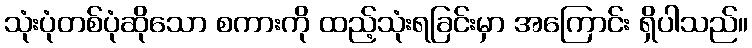
သုံးပုံတစ်ပုံဆိုသော စကားကို ထည့်သုံးရခြင်းမှာ အကြောင်း ရှိပါသည်။